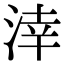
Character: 涬